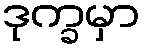
ဒုက္ခမှာ